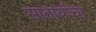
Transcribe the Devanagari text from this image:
सातार्याचा